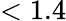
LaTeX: <1.4